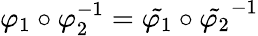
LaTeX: \varphi_{1}\circ\varphi_{2}^{-1}=\tilde{\varphi_{1}}\circ\tilde{\varphi_{2}}^{-1}